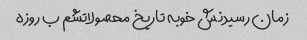
زمان رسیدنش خوبه تاریخ محصولاتشم ب روزه